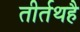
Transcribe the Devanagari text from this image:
तीर्तथहै